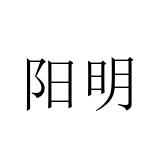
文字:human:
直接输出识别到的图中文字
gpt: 阳明